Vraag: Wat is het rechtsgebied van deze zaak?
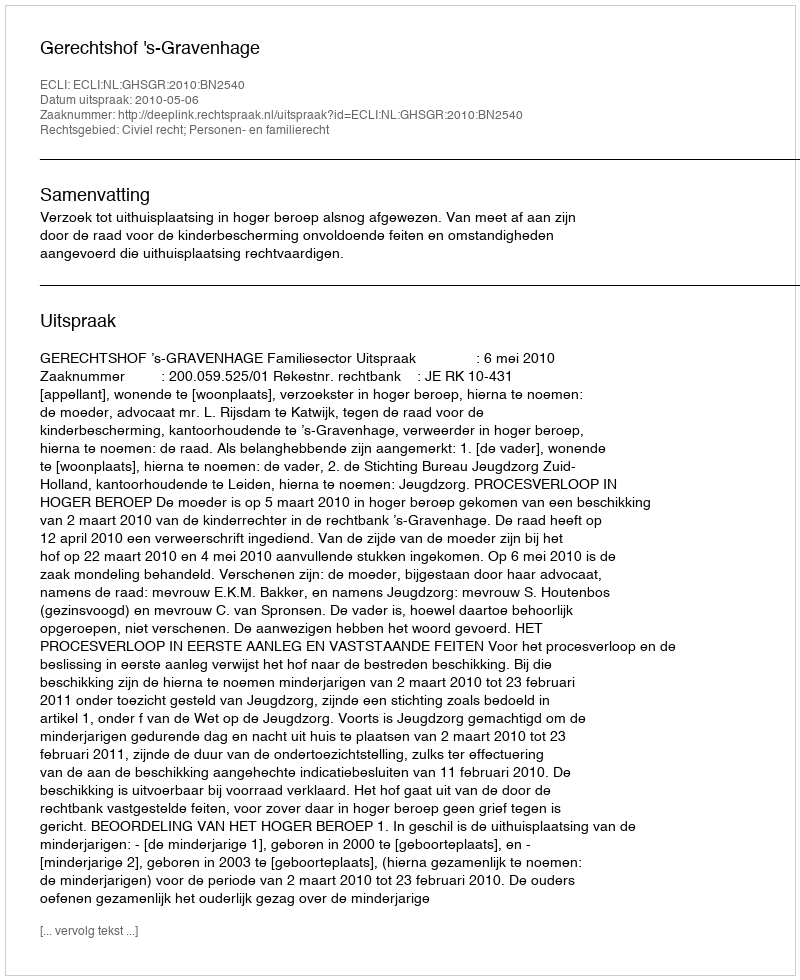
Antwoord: Civiel recht; Personen- en familierecht